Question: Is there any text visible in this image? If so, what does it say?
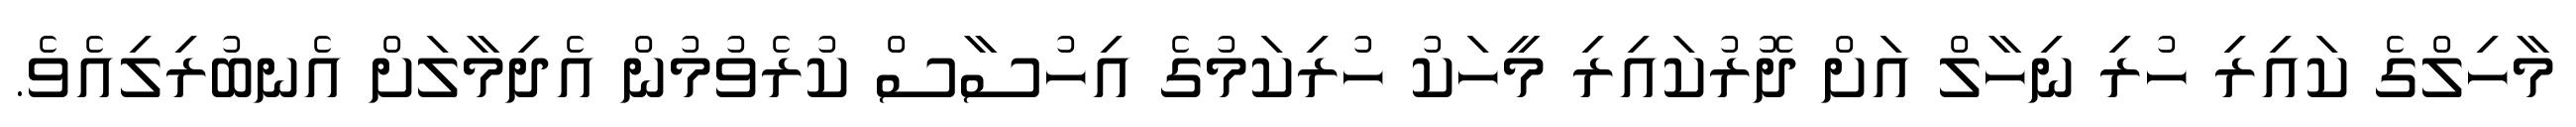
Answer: މާހިލްގެ ކައިރި ހުރި ނިހާލް އަށް ދޮރުކައިރި މީހަކު ހުރިކަމުގެ އިހުސާސް ކުރެވުމުން އެދިމާލަށް އެނބުރިލިއެވެ.